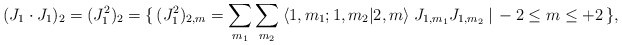
\begin{align*}( J_1 \cdot J_1 )_2 = ( J_1^2 )_2 = \{\, ( J_1^2 )_{2,m} = \sum_{m_1} \sum_{m_2} \: \langle 1,m_1 ; 1,m_2 | 2,m \rangle \; J_{1,m_1} J_{1,m_2} \:|\, -2 \le m \le +2 \,\} ,\end{align*}